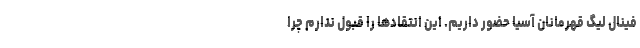
فینال لیگ قهرمانان آسیا حضور داریم. این انتقادها را قبول ندارم چرا